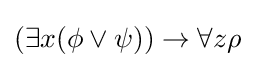
(\exists x(\phi \lor \psi ))\rightarrow \forall z\rho